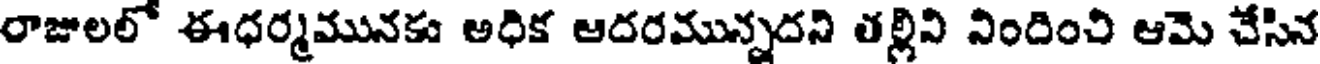
రాజులలో ఈధర్మమునకు అధిక ఆదరమున్నదని తల్లివి నిందించి ఆమె చేసిన